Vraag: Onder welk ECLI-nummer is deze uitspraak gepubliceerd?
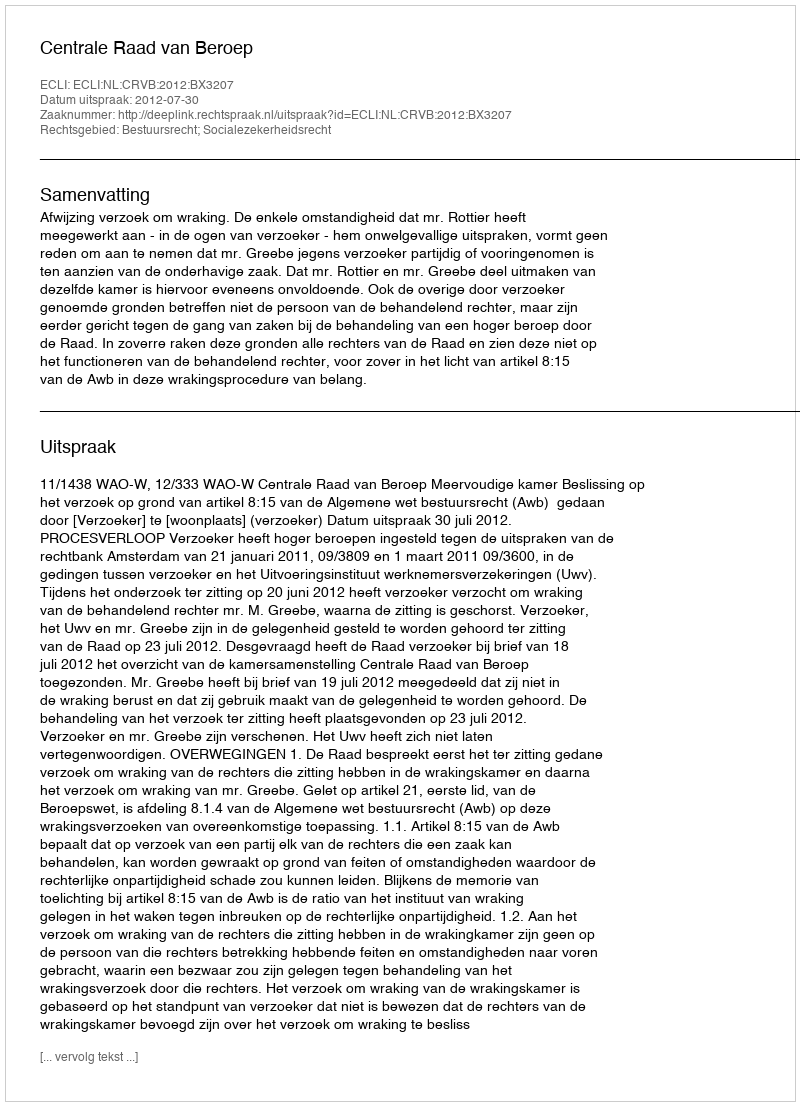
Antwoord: ECLI:NL:CRVB:2012:BX3207